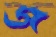
জ